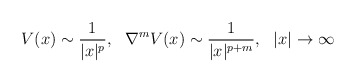
\begin{align*}V(x)\sim \frac{1}{|x|^{p}},\,\,\,\, \nabla ^{m}V(x)\sim \frac{1}{|x|^{p+m}}, \,\,\,\,|x|\rightarrow \infty \end{align*}